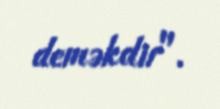
deməkdir".